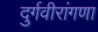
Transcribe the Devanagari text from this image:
दुर्गवीरांगणा